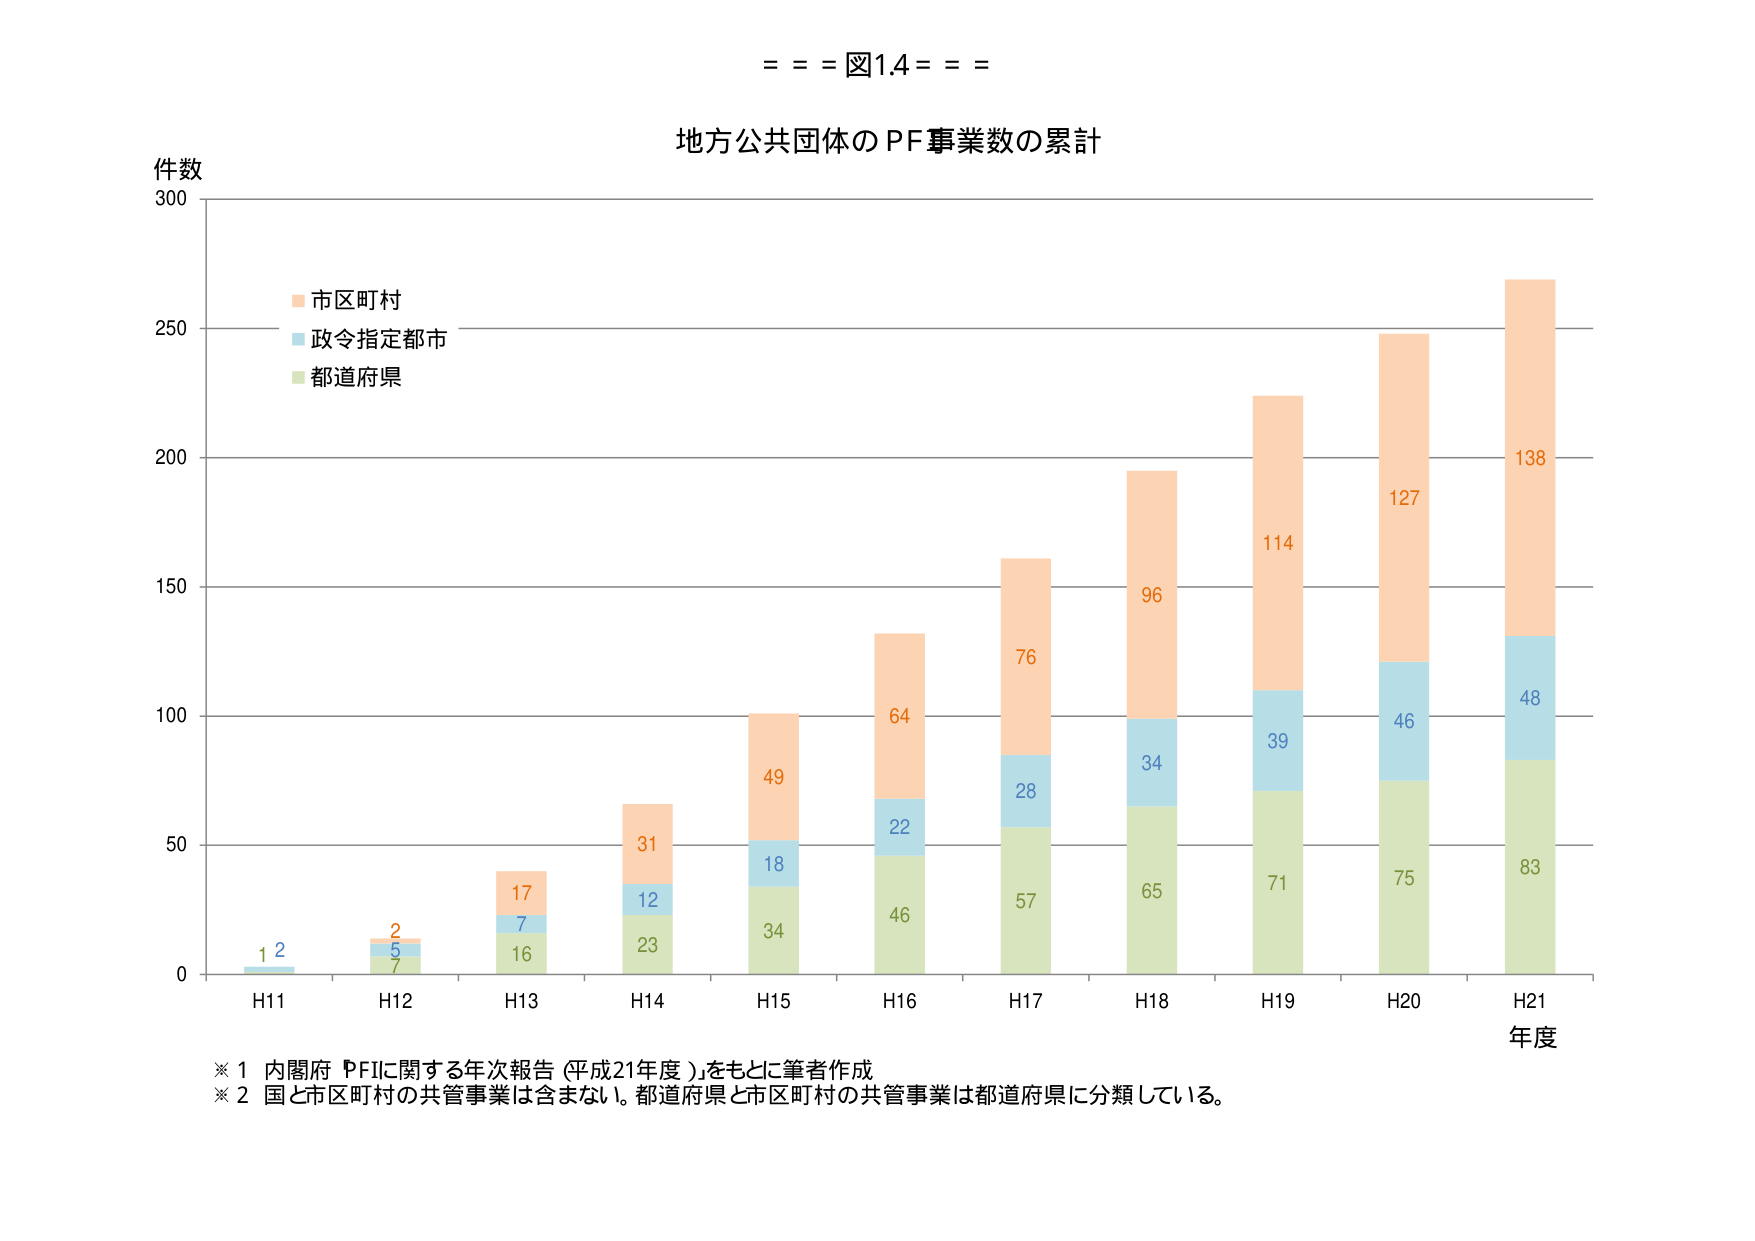
= = = 図1.4 = = =

地方公共団体のPF事業数の累計

件数
300

市区町村
政令指定都市
都道府県

250

200

150

100

50

0

H11
1 2

H12
2
5
7

H13
17
7
16

H14
31
12
23

H15
49
18
34

H16
64
22
46

H17
76
28
57

H18
96
34
65

H19
114
39
71

H20
127
46
75

H21
138
48
83

年度

※1 内閣府「PFIに関する年次報告（平成21年度）」をもとに筆者作成
※2 国と市区町村の共管事業は含まない。都道府県と市区町村の共管事業は都道府県に分類している。